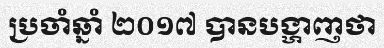
ប្រចាំឆ្នាំ ២០១៧ បានបង្ហាញថា